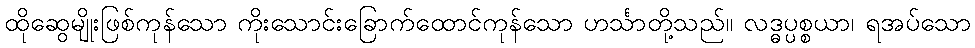
ထိုဆွေမျိုးဖြစ်ကုန်သော ကိုးသောင်းခြောက်ထောင်ကုန်သော ဟင်္သာတို့သည်။ လဒ္ဓပ္ပစ္စယာ၊ ရအပ်သော